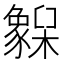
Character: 𬅌